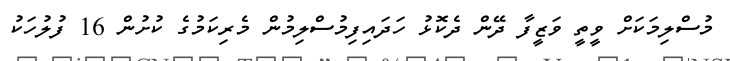
މުސްލިމަކަށް ވީތީ ވަޒީފާ ދޭން ދެކޮޅު ހަދައިފިމުސްލިމުން މެރިކަމުގެ ކުށުން 16 ފުލުހަކު